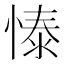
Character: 㥭